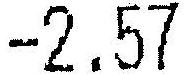
-2.57